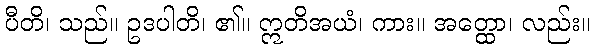
ပီတိ၊ သည်။ ဥဒပါတိ၊ ၏။ ဣတိအယံ၊ ကား။ အတ္ထော၊ လည်း။